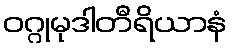
ဝဂ္ဂုမုဒါတီရိယာနံ